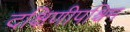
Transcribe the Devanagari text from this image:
दक्षिणीपश्चिम